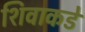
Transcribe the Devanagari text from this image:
शिवाकडे